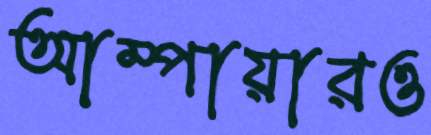
আম্পায়ারও